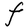
Character: F